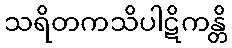
သရိတကသိပါဋိကန္တိ